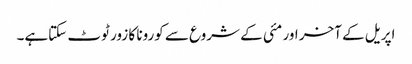
اپریل کے آخر اور مئی کے شروع سے کورونا کا زور ٹوٹ سکتاہے۔